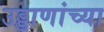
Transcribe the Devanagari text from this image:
उड्डाणांच्या